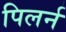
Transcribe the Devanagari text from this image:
पिलर्न